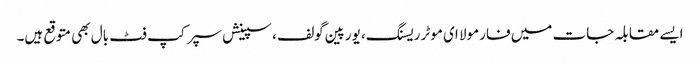
ایسے مقابلہ جات میں فارمولا ای موٹر ریسنگ، یورپین گولف، سپینش سپر کپ فٹ بال بھی متوقع ہیں۔